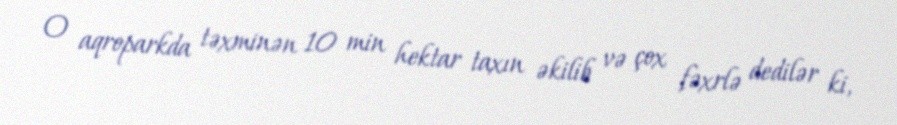
O aqroparkda təxminən 10 min hektar taxın əkilib və çox fəxrlə dedilər ki,